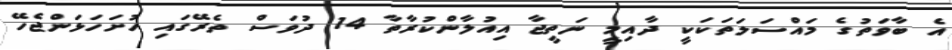
އެ ބާވަތުގެ މައްސަލަތަކަކީ ދާއިމީ ނަތީޖާ އިއުލާންކުރާތާ 14 ދުވަސް ތެރޭގައި ހުށަހަޅަންޖެހޭ